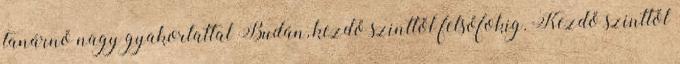
tanárnő nagy gyakorlattal Budán, kezdő szinttől felsőfokig. Kezdő szinttől